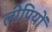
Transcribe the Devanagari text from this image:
लीपियों